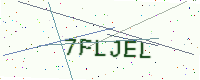
Text: 7FLJEL